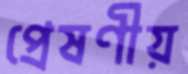
প্রেষণীয়